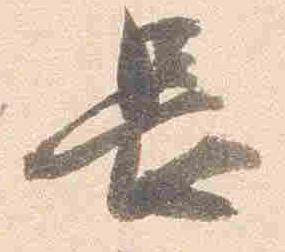
長